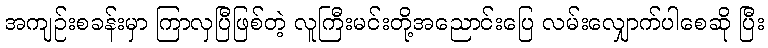
အကျဉ်းစခန်းမှာ ကြာလှပြီဖြစ်တဲ့ လူကြီးမင်းတို့အညောင်းပြေ လမ်းလျှောက်ပါစေဆို ပြီး